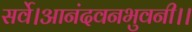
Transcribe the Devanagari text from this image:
सर्वे।आनंदवनभुवनी।।